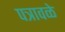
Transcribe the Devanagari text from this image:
पत्रावळे